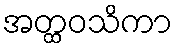
အတ္ထဝသိကာ